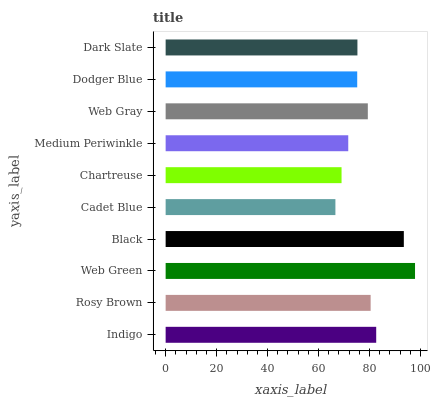
| yaxis_label | bars |
 | --- | --- |
 | Indigo | 82.6 |
 | Rosy Brown | 80.4 |
 | Web Green | 97.8 |
 | Black | 93.4 |
 | Cadet Blue | 66.6 |
 | Chartreuse | 69 |
 | Medium Periwinkle | 71.6 |
 | Web Gray | 79.3 |
 | Dodger Blue | 75.2 |
 | Dark Slate | 75.2 |